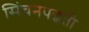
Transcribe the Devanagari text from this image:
सिंचनपद्धती